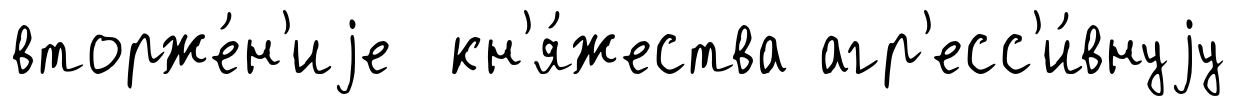
вторже́н'иjе кн'я́жества агр'есс'и́внуjу